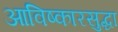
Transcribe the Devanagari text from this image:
आविष्कारसुद्धा